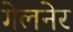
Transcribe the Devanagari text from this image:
गेलनेर